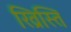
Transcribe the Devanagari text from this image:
ख्रिस्ति